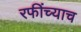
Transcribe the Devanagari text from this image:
रफींच्याच